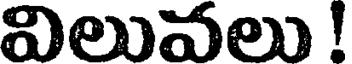
విలువలు !